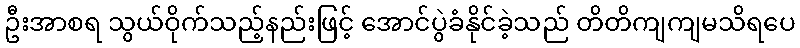
ဦးအာစရ သွယ်ဝိုက်သည့်နည်းဖြင့် အောင်ပွဲခံနိုင်ခဲ့သည် တိတိကျကျမသိရပေ